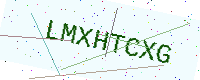
Text: LMXHTCXG